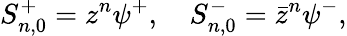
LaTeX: S_{n,0}^{+}=z^{n}\psi^{+},\quad S_{n,0}^{-}=\bar{z}^{n}\psi^{-},